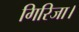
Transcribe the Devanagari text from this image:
गिरिजा।